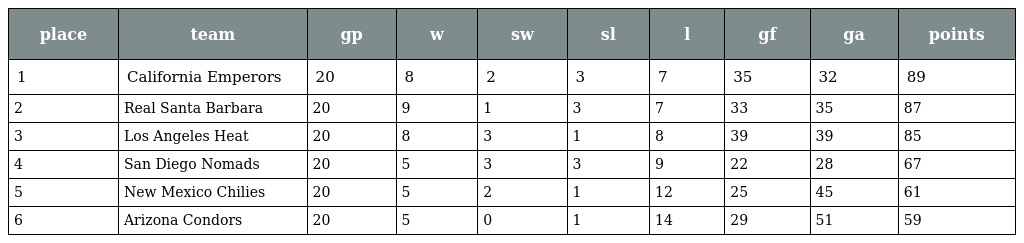
| place | team | gp | w | sw | sl | l | gf | ga | points |
 | --- | --- | --- | --- | --- | --- | --- | --- | --- | --- |
 | 1 | California Emperors | 20 | 8 | 2 | 3 | 7 | 35 | 32 | 89 |
 | 2 | Real Santa Barbara | 20 | 9 | 1 | 3 | 7 | 33 | 35 | 87 |
 | 3 | Los Angeles Heat | 20 | 8 | 3 | 1 | 8 | 39 | 39 | 85 |
 | 4 | San Diego Nomads | 20 | 5 | 3 | 3 | 9 | 22 | 28 | 67 |
 | 5 | New Mexico Chilies | 20 | 5 | 2 | 1 | 12 | 25 | 45 | 61 |
 | 6 | Arizona Condors | 20 | 5 | 0 | 1 | 14 | 29 | 51 | 59 |